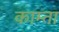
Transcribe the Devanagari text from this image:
काम्ता